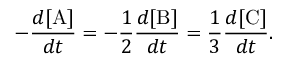
- { \frac { d [ \mathrm { A } ] } { d t } } = - { \frac { 1 } { 2 } } { \frac { d [ \mathrm { B } ] } { d t } } = { \frac { 1 } { 3 } } { \frac { d [ \mathrm { C } ] } { d t } } .